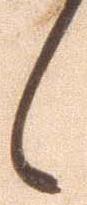
候